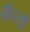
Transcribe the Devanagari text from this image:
फ़ॅलो